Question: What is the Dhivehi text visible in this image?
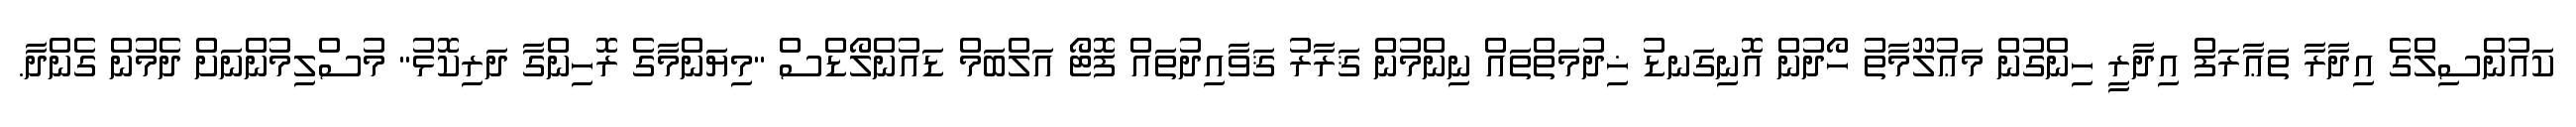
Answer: ކައުންސިލްގެ އިދާރާ ތަޢާރަފް އިދާރީ ހިންގުން މަޢުލޫމާތު ހޯދުން އޮނިގަނޑު ޚިދުމަތްތައް ނިންމުން ޤަރާރު ޤަވާއިދުތައް ފޮޓޯ އަލްބަމް ޑައުންލޯޑްސް "މިޔަންމާގެ ރޮހިންގާ ދަރިކޮޅު" މުސްލިމުންނަށް ދެމުން ގެންދާ.